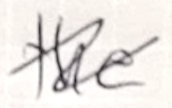
Text: the
Cross-out: wave
Writing tool: ballpoint